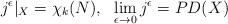
LaTeX: \begin{align*}j^\epsilon |_X = \chi_k (N), \ \ \lim_{\epsilon\rightarrow 0}j^\epsilon = PD (X)\end{align*}